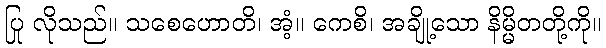
ပြု လိုသည်။ သစေဟောတိ၊ အံ့။ ကေစိ၊ အချို့သော နိမ္မိတတို့ကို။